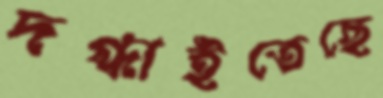
দগ্ধাইতেছে